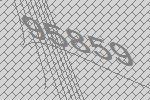
95859